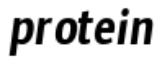
protein